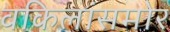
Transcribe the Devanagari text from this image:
वकिलांसमोर